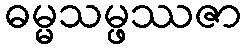
ဓမ္မသမ္ဖဿဇာ